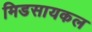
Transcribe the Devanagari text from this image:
मिडसायकल